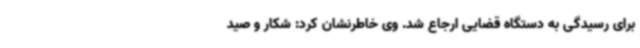
برای رسیدگی به دستگاه قضایی ارجاع شد. وی خاطرنشان کرد: شکار و صید